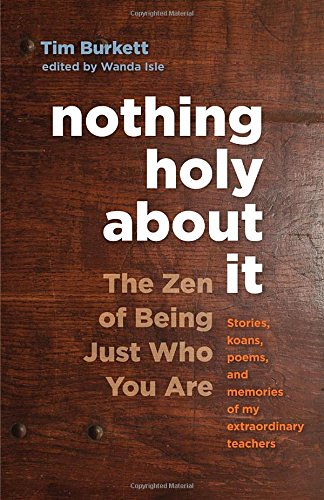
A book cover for Nothing Holy about It: The Zen of Being Just Who You Are; Tim Burkett; Religion & Spirituality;